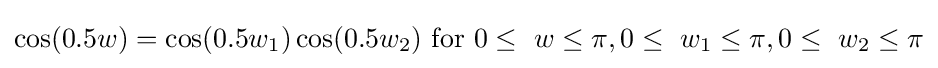
\cos(0.5w)=\cos(0.5w_{1})\cos(0.5w_{2}){\text{ for }}0\leq \ w\leq \pi ,0\leq \ w_{1}\leq \pi ,0\leq \ w_{2}\leq \pi